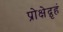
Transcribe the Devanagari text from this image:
प्रोक्षेद्गृहं